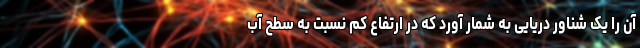
آن را یک شناور دریایی به شمار آورد که در ارتفاع کم نسبت به سطح آب